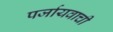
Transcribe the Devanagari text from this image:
पर्जायवाची